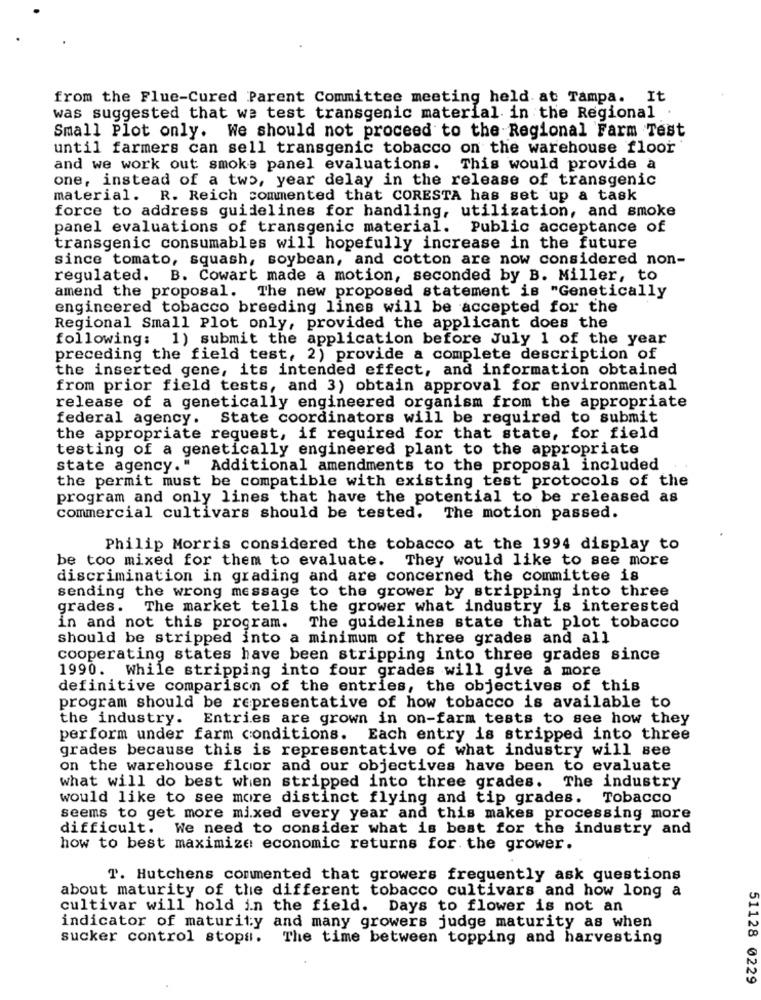
from the Flue-Cured Parent Committee meeting held at Tampa. It
was suggested that we test transgenic material in the Regional
Small Plot only. We should not proceed to the Regional Farm Test
until farmers can sell transgenic tobacco on the warehouse floor
and we work out smoke panel evaluations.
This would provide a
one, instead of a two, year delay in the release of transgenic
material. R. Reich commented that CORESTA has set up a task
force to address guidelines for handling, utilization, and smoke
panel evaluations of transgenic material.
Public acceptance of
transgenic consumables will hopefully increase in the future
since tomato, squash, soybean, and cotton are now considered non-
regulated. B. Cowart made a motion, seconded by B. Miller, to
amend the proposal.
The new proposed statement is "Genetically
engineered tobacco breeding lines will be accepted for the
Regional Small Plot only, provided the applicant does the
following: 1) submit the application before July 1 of the year
preceding the field test, 2) provide a complete description of
the inserted gene, its intended effect, and information obtained
from prior field tests, and 3) obtain approval for environmental
release of a genetically engineered organism from the appropriate
federal agency. State coordinators will be required to submit
the appropriate request, if required for that state, for field
testing of a genetically engineered plant to the appropriate
state agency." Additional amendments to the proposal included
the permit must be compatible with existing test protocols of the
program and only lines that have the potential to be released as
commercial cultivars should be tested. The motion passed.
Philip Morris considered the tobacco at the 1994 display to
be too mixed for them to evaluate. They would like to see more
discrimination in grading and are concerned the committee is
sending the wrong message to the grower by stripping into three
grades. The market tells the grower what industry is interested
in and not this program. The guidelines state that plot tobacco
should be stripped into a minimum of three grades and all
cooperating states have been stripping into three grades since
1990. While stripping into four grades will give a more
definitive comparison of the entries, the objectives of this
program should be representative of how tobacco is available to
the industry. Entries are grown in on-farm tests to see how they
perform under farm conditions. Each entry is stripped into three
grades because this is representative of what industry will see
on the warehouse floor and our objectives have been to evaluate
what will do best when stripped into three grades. The industry
would like to see more distinct flying and tip grades. Tobacco
seems to get more mixed every year and this makes processing more
difficult. We need to consider what is best for the industry and
how to best maximize economic returns for the grower.
T. Hutchens commented that growers frequently ask questions
about maturity of the different tobacco cultivars and how long a
cultivar will hold in the field. Days to flower is not an
indicator of maturity and many growers judge maturity as when
sucker control stops. The time between topping and harvesting
51128 0229